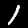
Digit: 1